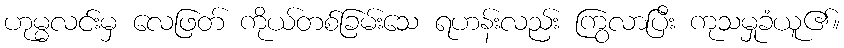
ဟုမ္မလင်းမှ လေဖြတ် ကိုယ်တစ်ခြမ်းသေ ရဟန်းလည်း ကြွလာပြီး ကုသမှုခံယူ၏။